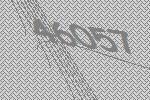
46057